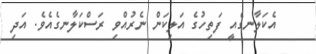
އެކަލާނގެއީ ފަތިހުގެ އަލިކަން ނެރުއްވި ރަސްކަލާނގެއެވެ. އަދި